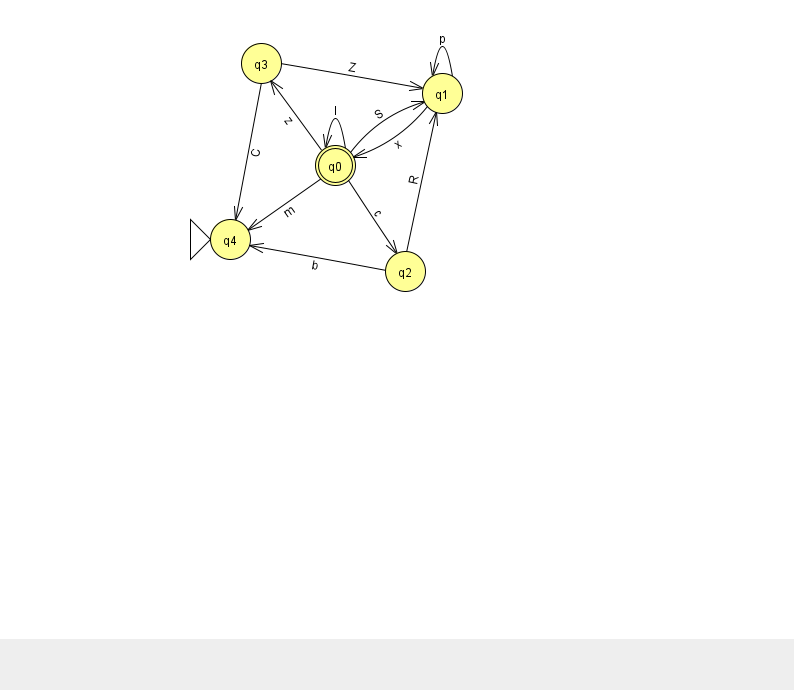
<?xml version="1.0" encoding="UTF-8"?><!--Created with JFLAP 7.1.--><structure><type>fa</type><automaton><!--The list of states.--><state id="0" name="q0"><x>335.0</x><y>152.0</y><final/></state><state id="1" name="q1"><x>442.0</x><y>80.0</y></state><state id="2" name="q2"><x>405.0</x><y>258.0</y></state><state id="3" name="q3"><x>261.0</x><y>50.0</y></state><state id="4" name="q4"><x>230.0</x><y>226.0</y><initial/></state><!--The list of transitions.--><transition><from>1</from><to>1</to><read>p</read></transition><transition><from>0</from><to>4</to><read>m</read></transition><transition><from>2</from><to>4</to><read>b</read></transition><transition><from>0</from><to>1</to><read>S</read></transition><transition><from>0</from><to>0</to><read>I</read></transition><transition><from>3</from><to>4</to><read>C</read></transition><transition><from>0</from><to>2</to><read>c</read></transition><transition><from>3</from><to>1</to><read>Z</read></transition><transition><from>2</from><to>1</to><read>R</read></transition><transition><from>0</from><to>3</to><read>z</read></transition><transition><from>1</from><to>0</to><read>x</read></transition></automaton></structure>